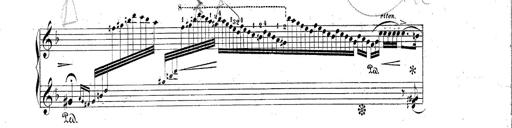
Title: Hungarian Rhapsody No.2
Composer: Franz Liszt
Key: C-sharp minor